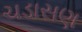
ચડાસણ